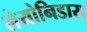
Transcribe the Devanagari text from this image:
लेयोनिडास